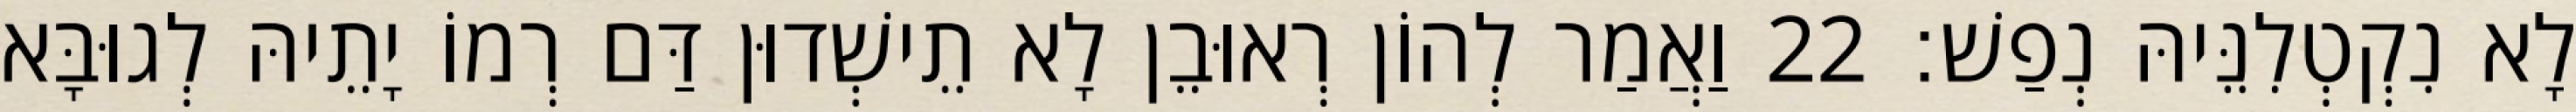
לָא נִקְטְלִנֵּיהּ נְפַשׁ׃ 22 וַאֲמַר לְהוֹן רְאוּבֵן לָא תֵישְׁדוּן דַּם רְמוֹ יָתֵיהּ לְגוּבָּא